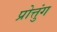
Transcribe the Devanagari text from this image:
प्रोत्तुंग